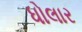
ધોલાર